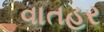
વાતહર